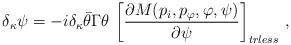
LaTeX: \begin{align*}\delta_\kappa\psi=-i\delta_\kappa\bar\theta\Gamma\theta\,\left[{{\partial M(p_i,p_{\varphi},\varphi,\psi)}\over{\partial\psi}}\right]_{trless}\,,\end{align*}